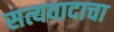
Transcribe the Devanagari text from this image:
सत्यवादाचा